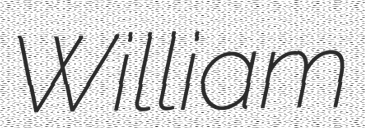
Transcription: William